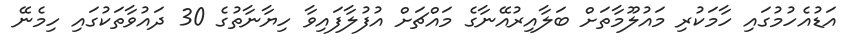
އަޑުއެހުމުގައި ހާމަކުރި މައުލޫމާތަށް ބަލާއިރުއޭނާގެ މައްޗަށް އުފުލާފައިވާ ހިޔާނާތުގެ 30 ދައުވާތަކުގައި ހިމެނޭ